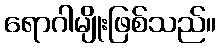
ရောဂါမျိုးဖြစ်သည်။